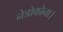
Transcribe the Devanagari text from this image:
नेत्रोकोना।